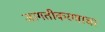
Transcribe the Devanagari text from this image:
जागतीकरणाचा